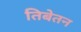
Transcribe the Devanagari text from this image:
तिबेतन